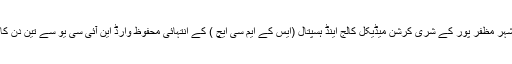
ریاست بہار کے شہر مظفر پور کے شری کرشن میڈیکل کالج اینڈ ہسپتال (ایس کے ایم سی ایچ ) کے انتہائی محفوظ وارڈ این آئی سی یو سے تین دن کا بچہ چوری ہوگیا۔